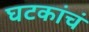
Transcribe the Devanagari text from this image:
घटकांचं